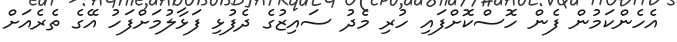
އެހެންކަމުން ފެން ހޮސްކޮށްފައި ހުރި މެދު ސައިޒުގެ ދެފުޅި ފަޅާލުމަށްފަހު އޭގެ ތެރެއަށް